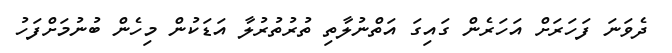
ދެވަނަ ފަހަރަށް އަހަރެން ގައިގަ އަތްނުލާތި ތުރުތުރުލާ އަޑަކުން މިހެން ބުނުމަށްފަހު